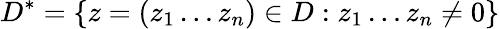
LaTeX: D^{*}=\{ z=(z_{1}\dots z_{n})\in D:z_{1}\dots z_{n}\neq 0\}